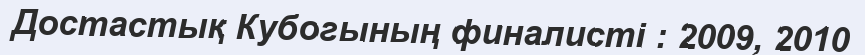
Достастық Кубогының финалисті : 2009, 2010